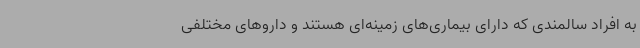
به افراد سالمندی که دارای بیماری‌های زمینه‌ای هستند و داروهای مختلفی